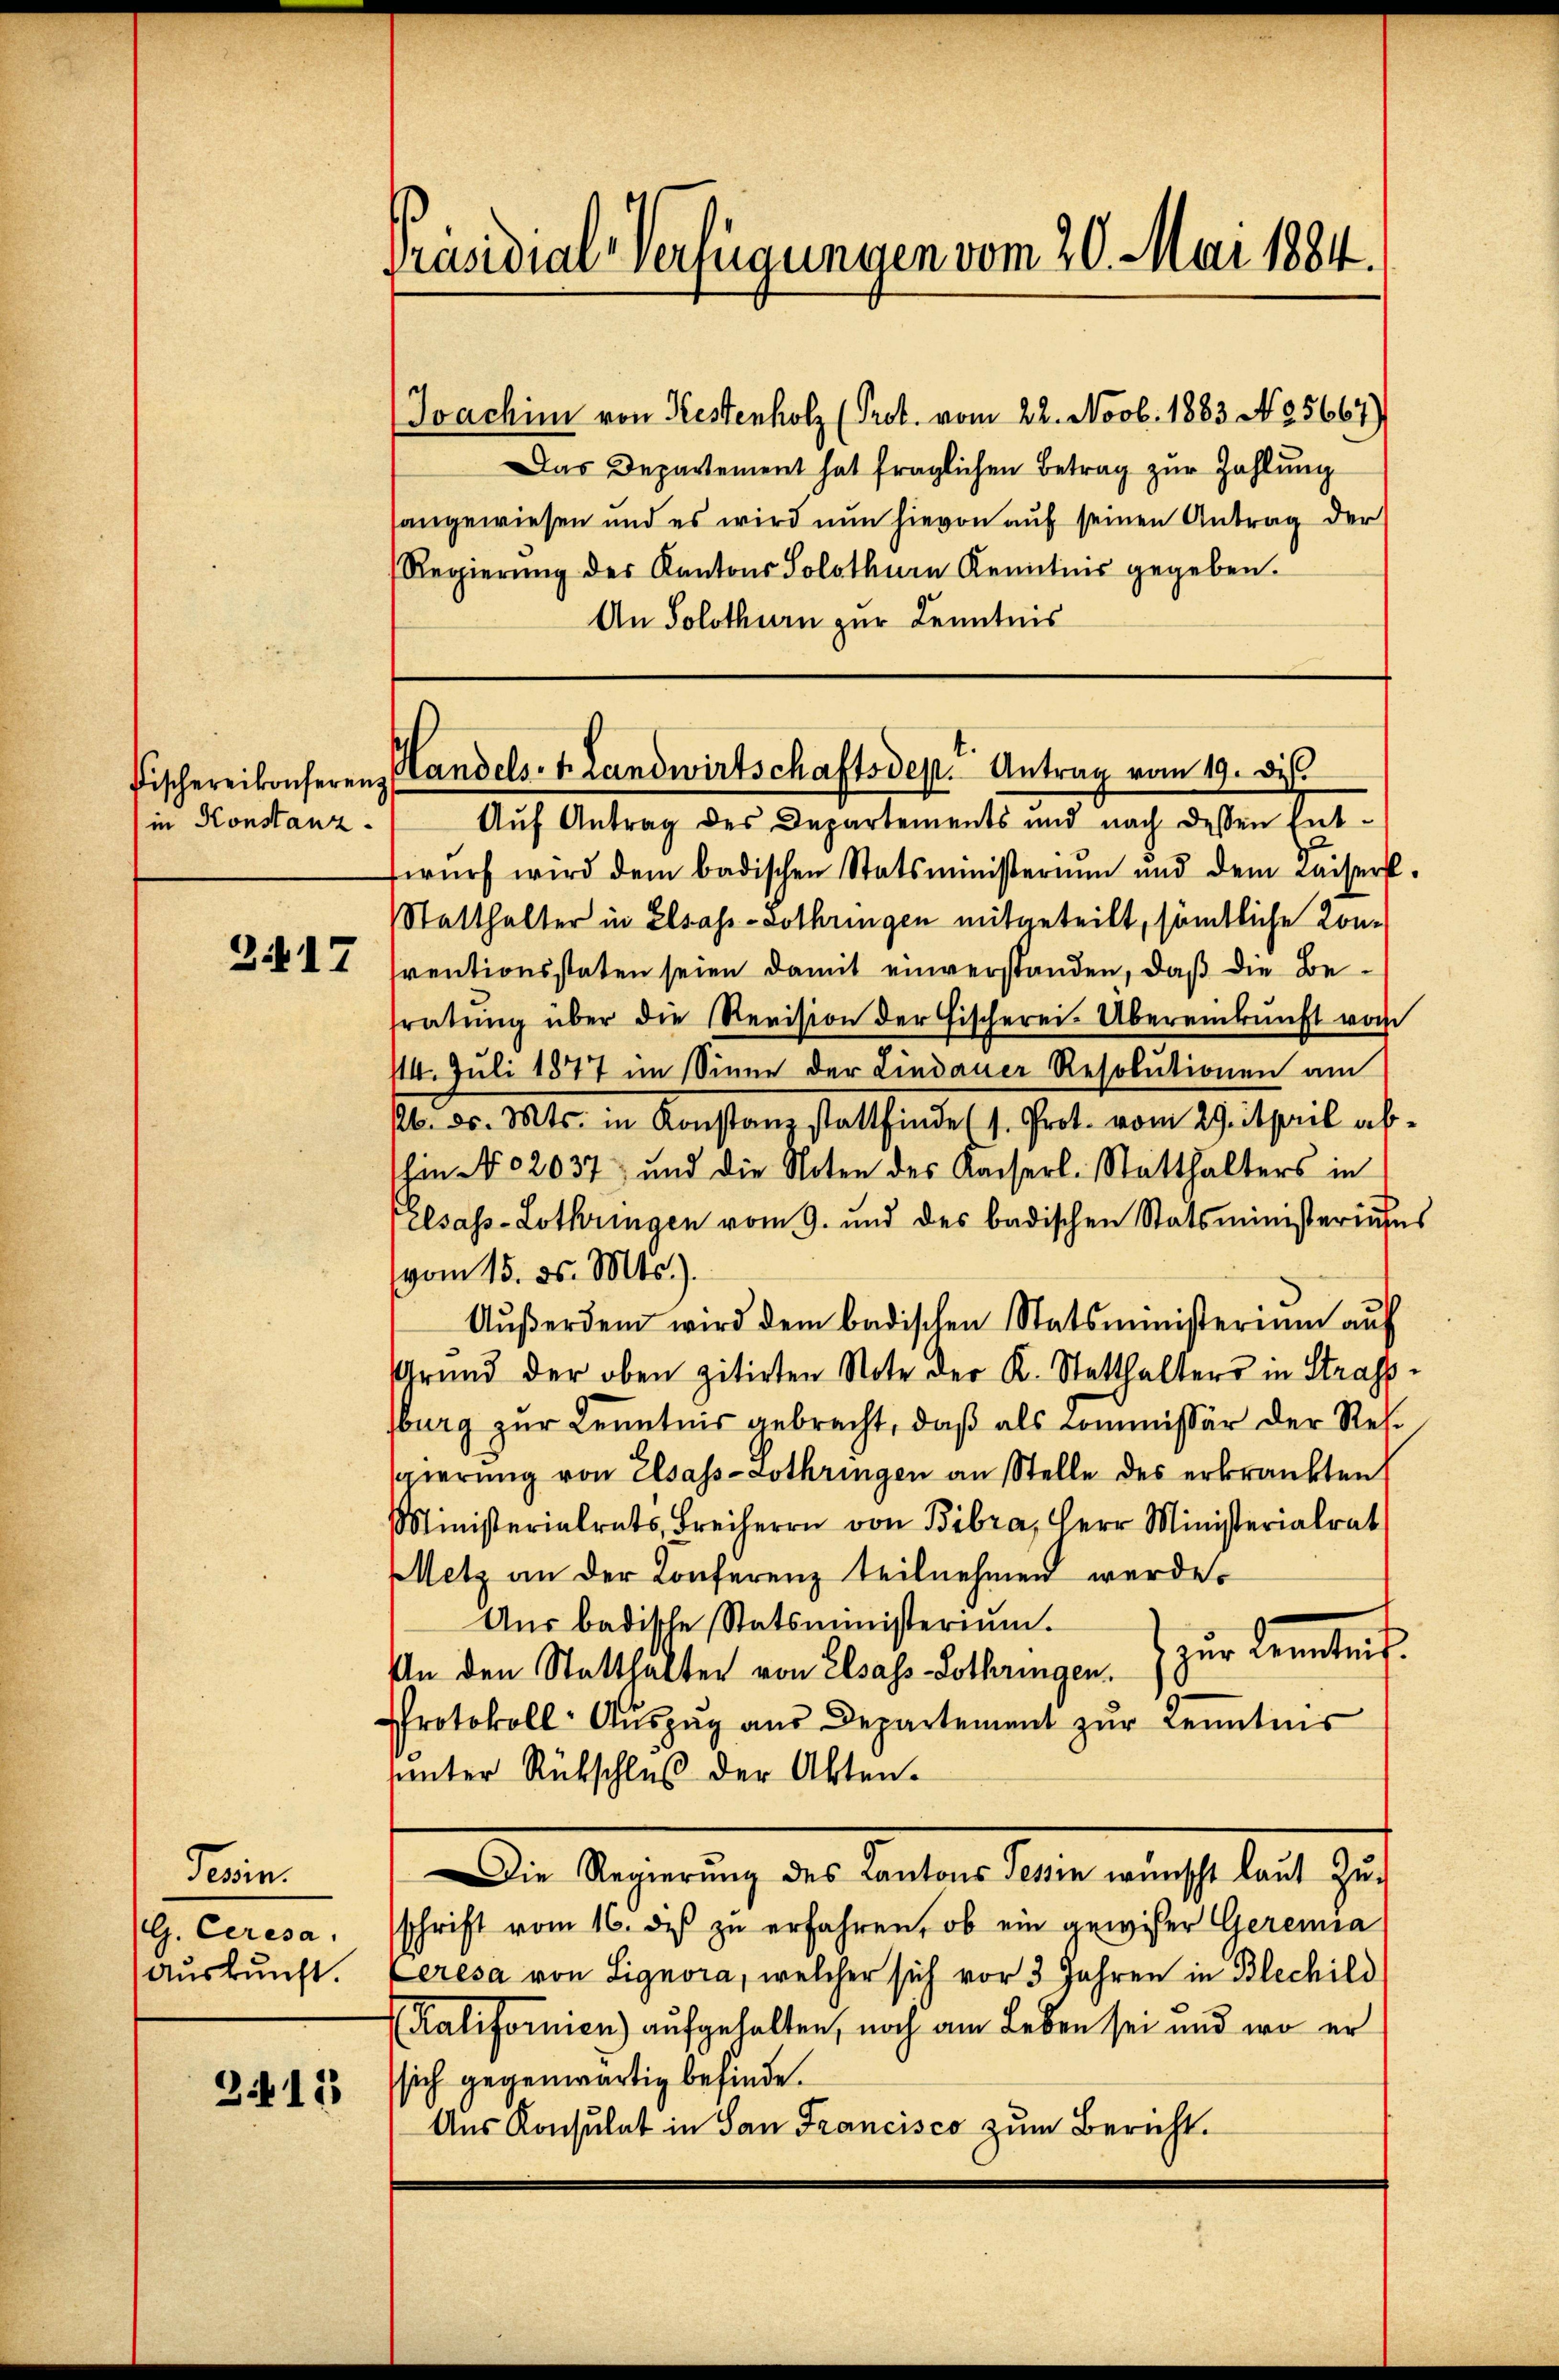
in Konstanz.

Jerin
G. Ceresa
Auskunft.

3411

Präsidial-Verfügungen vom 20. Mai 1884.

Auf Antrag des Departements und nach dessen Ent-
wŭrf wird dem badischen Statsministerium und dem Kaiser-
Statthalter in Elsass-Lothringen mitgeteilt, sämtliche Kon¬
Z VII freutionsstaten seien damit einverstanden, daß die Beratŭng über die Revision der Fischerei. Übereinkunft von
114. Juli 1877 im Sinne der Lindauer Resolutionen am
16. ds. Mts. in Konstanz stattfinde (s. Prot. vom 29. April abhin No. 2037, und die Noten des Kaiserl. Statthalters in
elsass-Lothringen vom 9. und des badischen Statsministeriums
(vom 15. ds. Mts.).
Aŭβerdem wird dem badischen Statsministerium auf
Grund der oben zitirten Note der K. Statthalters in Strassburg zur Kenntnis gebracht, daß als Commissär der Ressierung von Elsass-Lothringen an Stelle des erkränkten
Ministerialrat Freihe von Bibr. Herr Minister
Metz an der Konferenz teilnehmen werde.
Aŭs badische Statsministerium.
zur Kenntnis
An den Statthalter von Elsass-Lothringen.
Protokoll- Aŭszŭg aŭs Departement zŭr Kenntnis
unter Rückschluß der Akten.
Die Regierung des Kantons Tessin wünscht laut Zu-
schrift vom 16. des zŭ erfahren, ob ein gewieser Geremia
eresa von Signora, welcher sich vor 3 Jahren in Blechild
Kalifornien) aufgehalten, noch am Leben sei und wo er
ssich gegenwärtig befinde.
Aus Konsulat in San Francisco zum Bericht.

(Joachim von Kestenholz (Prot. vom 22. Novb. 1883 No 5667)
Das Departement hat fraglichen Betrag zŭr Zahlung
angewiesen und es wird nun hievon auf seinen Antrag der
Regierŭng des Kantons Solothurn Kenntnis gegeben.
An Solothurn zur Kenntnis

Fischereikonferenz Handels-M. Landwirtschaftsdep. Antrag vom 19. de